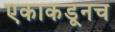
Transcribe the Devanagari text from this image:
एकाकडूनच